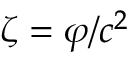
\zeta = \varphi / c ^ { 2 }